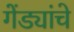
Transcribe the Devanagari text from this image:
गेंड्यांचे